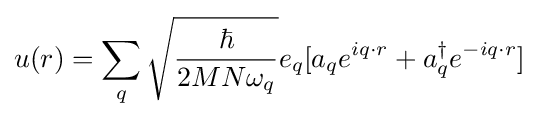
u(r)=\sum _{q}{\sqrt {\frac {\hbar }{2MN\omega _{q}}}}e_{q}[a_{q}e^{iq\cdot r}+a_{q}^{\dagger }e^{-iq\cdot r}]